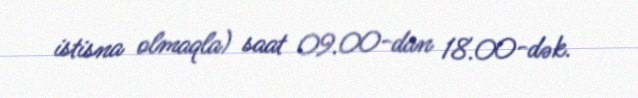
istisna olmaqla) saat 09.00-dan 18.00-dək.